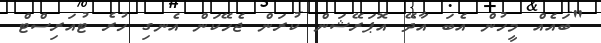
"ބައެއް މީހުން އެބަ އާދޭ އޮޕަރޭޝަން ކުރަން ޖެހޭކަން އެނގި ހުރެ ޓުއަރިސްޓް